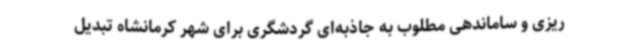
ریزی و ساماندهی مطلوب به جاذبه‌ای گردشگری برای شهر کرمانشاه تبدیل